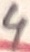
Text: 4